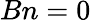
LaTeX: Bn=0